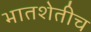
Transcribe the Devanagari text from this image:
भातशेतीच